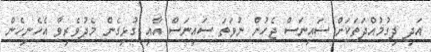
އަދި ދިގުމުއްދަތަކަށް ސައިނަސް ޖެހުން ނުވަތަ ސައިނަސް އާއި ގުޅިގެން މެދުވެރިވާ އެހެނިހެން